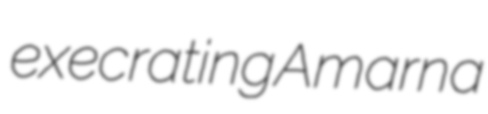
execrating Amarna